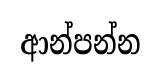
ආන්පන්න